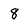
Character: 8